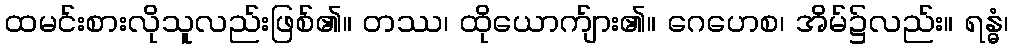
ထမင်းစားလိုသူလည်းဖြစ်၏။ တဿ၊ ထိုယောက်ျား၏။ ဂေဟေစ၊ အိမ်၌လည်း။ ရန္ဓံ၊